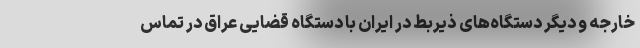
خارجه و دیگر دستگاه‌های ذیربط در ایران با دستگاه قضایی عراق در تماس